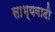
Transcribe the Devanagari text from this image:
साभ्यवादी